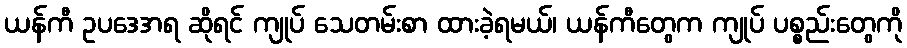
ယန်ကီ ဥပဒေအရ ဆိုရင် ကျုပ် သေတမ်းစာ ထားခဲ့ရမယ်၊ ယန်ကီတွေက ကျုပ် ပစ္စည်းတွေကို